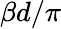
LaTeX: \beta d/\pi